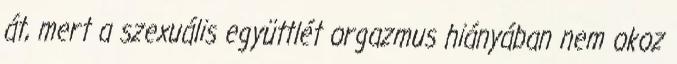
át, mert a szexuális együttlét orgazmus hiányában nem okoz